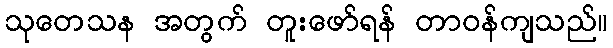
သုတေသန အတွက် တူးဖော်ရန် တာဝန်ကျသည်။